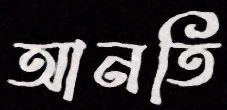
আনতি